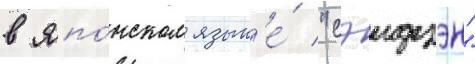
в япо́нском язык'е́ "сэидзэн"